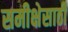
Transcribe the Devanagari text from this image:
समीक्षेसाठी